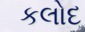
કલોદ